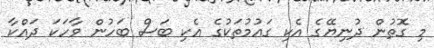
މި ގޮތުން ދުނިޔޭގެ އެކި ގައުމުތަކުގެ އެކި ބަސް ބަހުން ވާހަކަ ދައްކާ